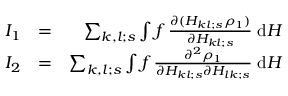
\begin{array} { r l r } { I _ { 1 } } & { = } & { \sum _ { k , l ; s } \int f \, { \frac { \partial ( H _ { k l ; s } \rho _ { 1 } ) } { \partial H _ { k l ; s } } } \; \mathrm { d } H } \\ { I _ { 2 } } & { = } & { \sum _ { k , l ; s } \int f \, { \frac { \partial ^ { 2 } \rho _ { 1 } } { \partial H _ { k l ; s } \partial H _ { l k ; s } } } \; \mathrm { d } H } \end{array}